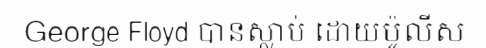
George Floyd បានស្លាប់ ដោយប៉ូលីស